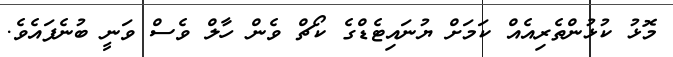
މޮޅު ކުޅުންތެރިއެއް ކަމަށް ޔުނައިޓެޑްގެ ކޯޗް ވެން ހާލް ވެސް ވަނީ ބުނެފައެވެ.